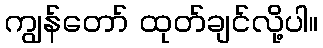
ကျွန်တော် ထုတ်ချင်လို့ပါ။